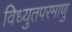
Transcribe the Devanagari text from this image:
विध्युतपरमाणु